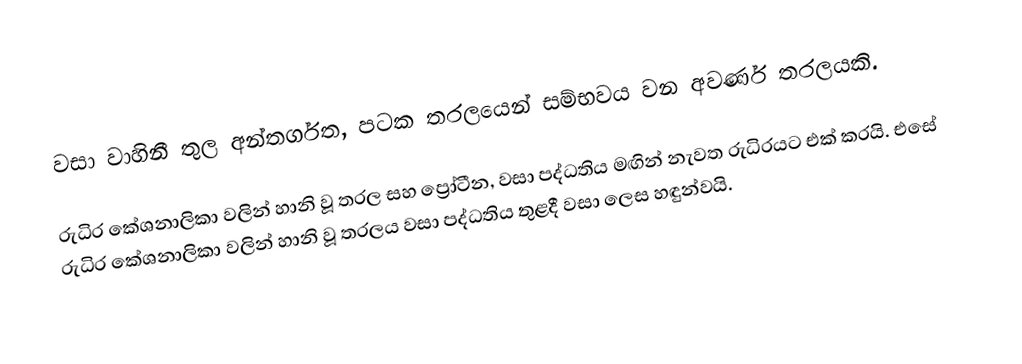
වසා වාහිනී තුල අන්තර්ගත, පටක තරලයෙන් සම්භවය වන අවර්ණ තරලයකි.

රුධිර කේශනාලිකා වලින් හානි වූ තරල සහ ප්‍රෝටීන, වසා පද්ධතිය මඟින් නැවත රුධිරයට එක් කරයි. එසේ රුධිර කේශනාලිකා වලින් හානි වූ තරලය වසා පද්ධතිය තුළදී වසා ලෙස හඳුන්වයි.